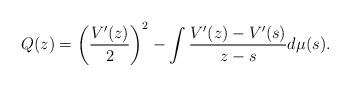
LaTeX: \begin{align*} Q(z) = \left(\frac{V'(z)}{2} \right)^2 - \int \frac{V'(z)-V'(s)}{z-s} d\mu(s). \end{align*}